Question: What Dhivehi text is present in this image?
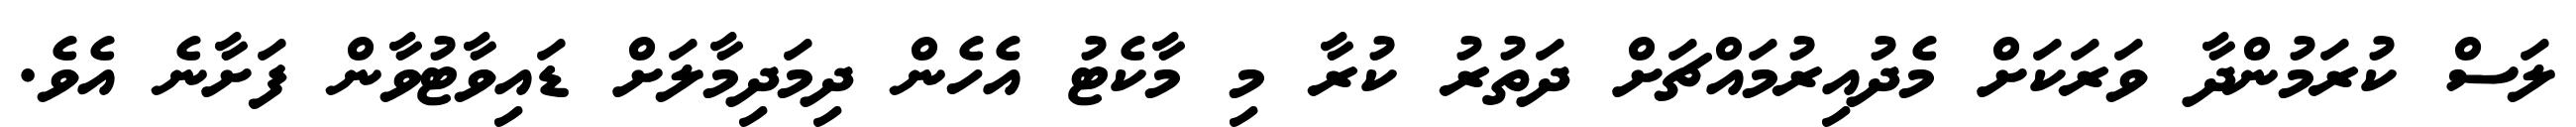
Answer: ލަސް ކުރަމުންދާ ވަރަކަށް މެދުއިރުމައްޗަށް ދަތުރު ކުރާ މި މާކެޓު އެހެން ދިމަދިމާލަށް ޑައިވާޓުވާން ފަށާނެ އެވެ.